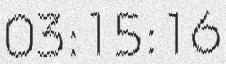
03:15:16